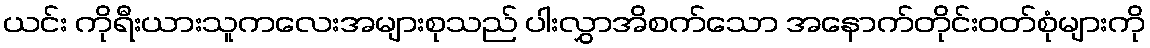
ယင်း ကိုရီးယားသူကလေးအများစုသည် ပါးလွှာအိစက်သော အနောက်တိုင်းဝတ်စုံများကို